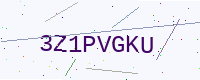
Text: 3Z1PVGKU